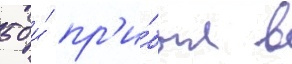
50 и́ пр'и́был в